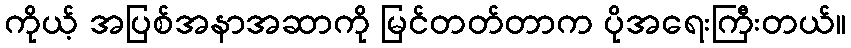
ကိုယ့် အပြစ်အနာအဆာကို မြင်တတ်တာက ပိုအရေးကြီးတယ်။